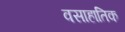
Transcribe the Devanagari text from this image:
वसाहातिक